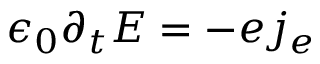
\epsilon _ { 0 } \partial _ { t } E = - e j _ { e }